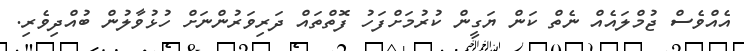
އެއްވެސް ޖުމްލައެއް ނެތް ކަން ޔަގީން ކުރުމަށްފަހު ފޮތްތައް ދަރިވަރުންނަށް ހުޅުވާލުން ބުއްދިވެރި.